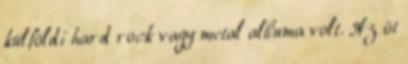
külföldi hard rock vagy metal albuma volt. Az öt